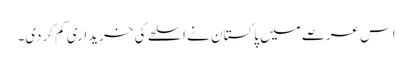
اس عرصے میں پاکستان نے اسلحے کی خریداری کم کردی۔